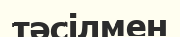
тәсілмен